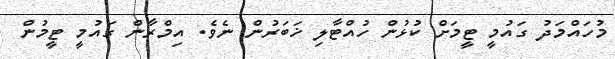
މުހައްމަދު ގައުމީ ޓީމަށް ކުޅުން ހުއްޓާލި ޚަބަރުން ނެވެ. އިމްރާން ގައުމީ ޓީމުން